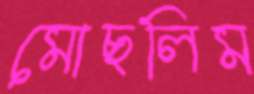
মোছলিম